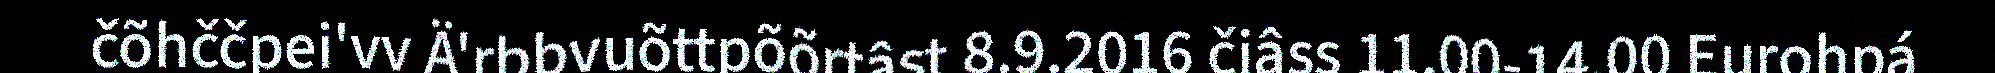
čõhččpei'vv Ä'rbbvuõttpõõrtâst 8.9.2016 čiâss 11.00-14.00 Eurohpá